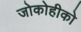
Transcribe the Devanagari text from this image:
जोकोहीको